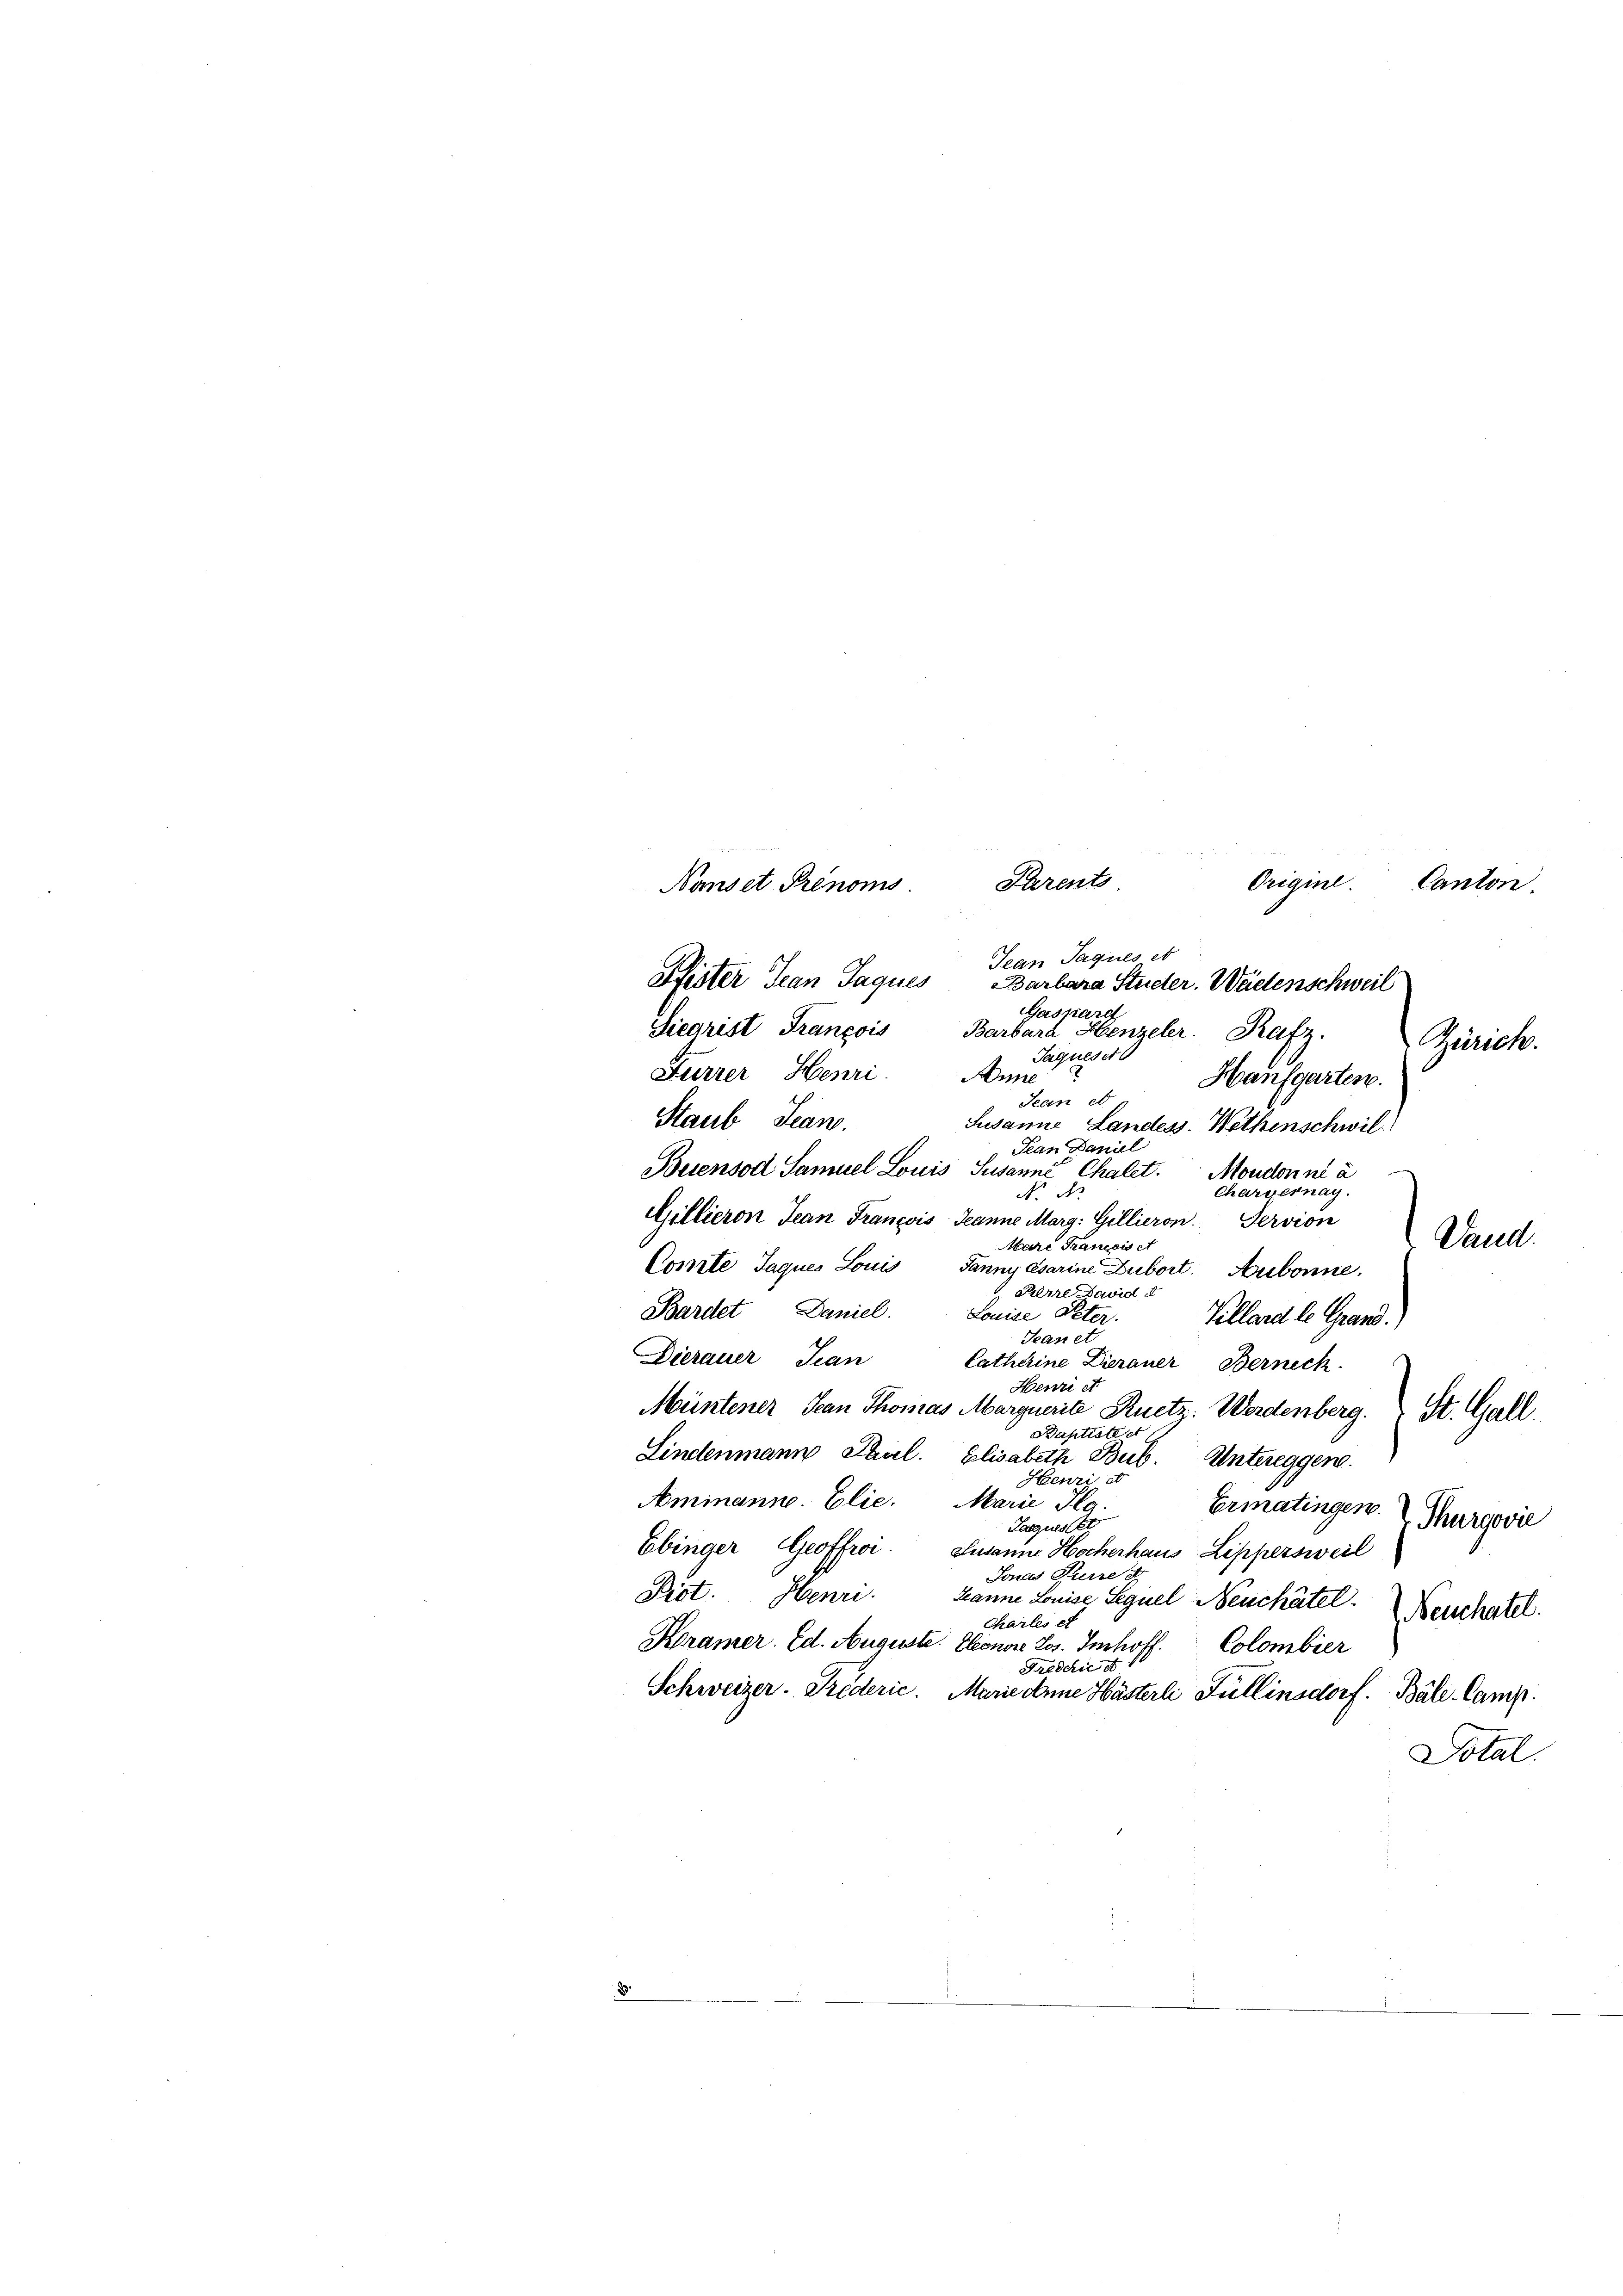
Nanset Prenoms

Parent

Origine.

Jean Jaques et
Pfister Jean Jaques Barbara Stücker. Weidenschweil
Gasnard
Sicarist Francois Barbara Henzeler. Rafz,
Sequeser
Furrer Henri. Anne
Hanfgarten.
Hean et
Staub, Jean.
Susanne, Landess. Wethenschwil
Jean Daniel
Beiensod Samuel Louis Susanne Chalet. Moudonné à
Chargernay.
No No.
Gillieron Jean Francois Jeanne Marg: Gillieron
Servion
Mare Transis e
Comte Jaques Louis Fanny esarine Dubort. Aubonne.
. Herre David d
Bardet Daniel.
Louise Peter.
Vellard le Grand.)
Seanet
Dierauer Tran
Latherine Dierauer Berneck
Henriet
Müntener Jean Thomas Marquerite Knetz: Werdenberg. St. Gall
Baptistier
Lindenmann Paul. Elisabeth Bub. Untereggen.
Henric
Aminanne. Elie. Marie Reg.
Ermatingen.
Thurgovie
Taguestet
Ebinger Geoffroi. Susanne Hocherhaus Lippersweil
Jonas Kierre
Pist. Henri
Hanne Louise Sequel Neuchâtel
Neuchatel.
Charles et
Kramer. Ed. Auguste. Honore Jos. Imhoff Colombier
Freddie e
Schweizer. Triderie. Marie donne Hästerli Fullinsdorf. Bale-Camp
Total.

Zürich.

Canton.

Dand.